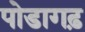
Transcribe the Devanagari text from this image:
पोडागढ़